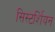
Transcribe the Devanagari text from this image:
सिस्टर्शियन